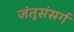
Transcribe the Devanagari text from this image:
जंतूसंसर्ग